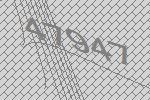
47947